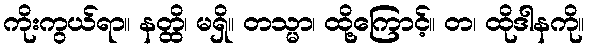
ကိုးကွယ်ရာ။ နတ္ထိ၊ မရှိ။ တသ္မာ၊ ထို့ကြောင့်။ တ၊ ထိုဒါနကို။